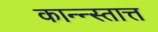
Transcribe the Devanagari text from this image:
कान्न्स्तात्त